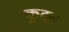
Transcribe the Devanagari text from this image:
कुदल